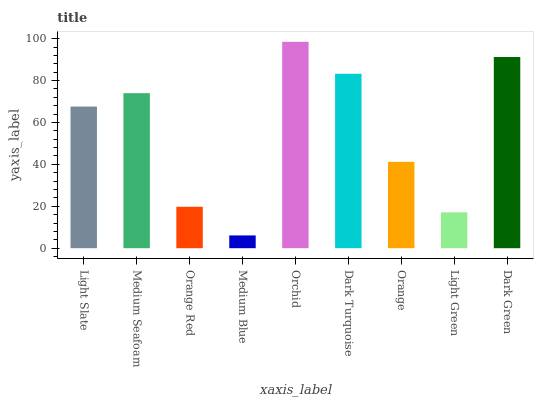
| xaxis_label | bars |
 | --- | --- |
 | Light Slate | 67.6 |
 | Medium Seafoam | 74 |
 | Orange Red | 19.8 |
 | Medium Blue | 6.1 |
 | Orchid | 98.5 |
 | Dark Turquoise | 83.2 |
 | Orange | 41.2 |
 | Light Green | 17.1 |
 | Dark Green | 91.2 |